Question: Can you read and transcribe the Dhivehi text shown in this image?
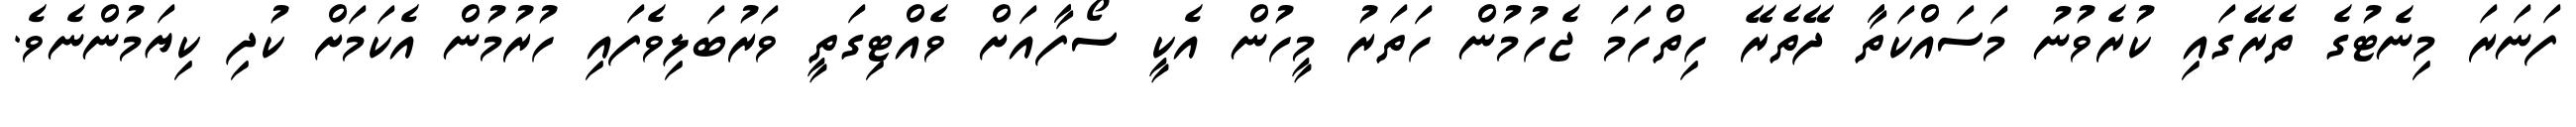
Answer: ފަނަރަ މިނެޓުގެ ތެރޭގައި ކުރެވުނު މަސައްކަތާ ދޭތެރޭ ހިތްހަމަ ޖެހުމުން ހަތަރު މީހުން އެކީ ސޯފާއަށް ވެއްޓިގަތީ ވަރުބަލިވެފައި ހުރުމުން އެކަމަށް ކުދި ކިޔަމުންނެވެ.